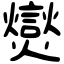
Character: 爕